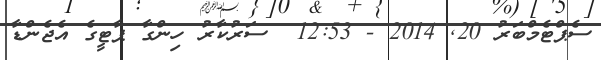
ސެޕްޓެމްބަރު 20